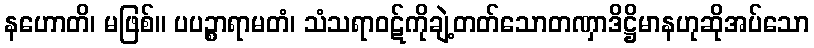
နဟောတိ၊ မဖြစ်။ ပပဉ္စာရာမတံ၊ သံသရာဝဋ်ကိုချဲ့တတ်သောတဏှာဒိဋ္ဌိမာနဟုဆိုအပ်သော